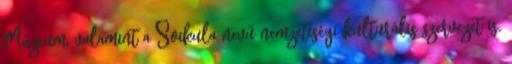
Múzeum, valamint a Šoikula nevű nemzetiségi kulturális szervezet is.